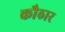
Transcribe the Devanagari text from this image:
कौठार